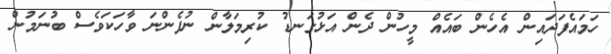
ހަމައެފަދައިން އެހެން ބައެއް މީހުން ދެން އަޅުގަނޑު ކުރިމަލާން ނުފެންނަ ވާހަކަވެސް ބުނަމުން